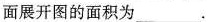
面展开图的面积为___。